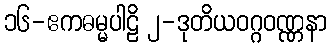
၁၆-ဧကဓမ္မပါဠိ ၂-ဒုတိယဝဂ္ဂဝဏ္ဏနာ